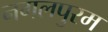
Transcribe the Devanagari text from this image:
नगलपुरम